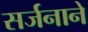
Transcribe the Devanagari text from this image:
सर्जनाने